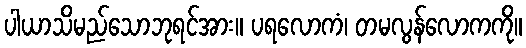
ပါယာသိမည်သောဘုရင်အား။ ပရလောကံ၊ တမလွန်လောကကို။